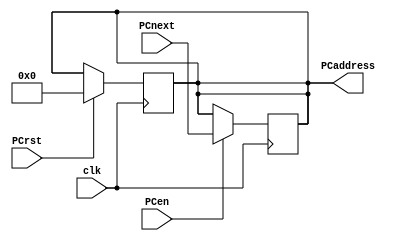
module PC (
	input             clk      ,
	input             PCrst    ,
	input             PCen     ,
	input      [63:0] PCnext   ,
	output reg [63:0] PCaddress
);

	always @ (posedge clk) begin
		if(PCrst == 1'b1)
			PCaddress <= {64{1'b0}};
	end
	always @(posedge clk) begin
		if(PCen == 0)
			PCaddress <= PCaddress;
		else
			PCaddress <= PCnext;
	end
endmodule